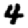
Digit: 4